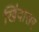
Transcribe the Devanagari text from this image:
खिंवासर